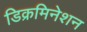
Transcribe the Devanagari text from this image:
डिक्रमिनेशन